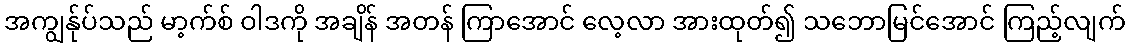
အကျွန်ုပ်သည် မာ့က်စ် ဝါဒကို အချိန် အတန် ကြာအောင် လေ့လာ အားထုတ်၍ သဘောမြင်အောင် ကြည့်လျက်